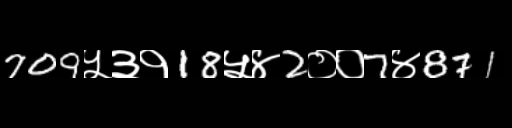
Text: 709५३१18५४2००7४871